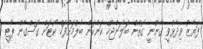
ފަޔާޒު ވިދާޅުވީ ޤާނޫނީ ގޮތުން ބަލަންޖެހޭ ކަންކަން ބެލުމަށްފަހު ކޯޓަށް ގޮސްގެން ޕާޓީ